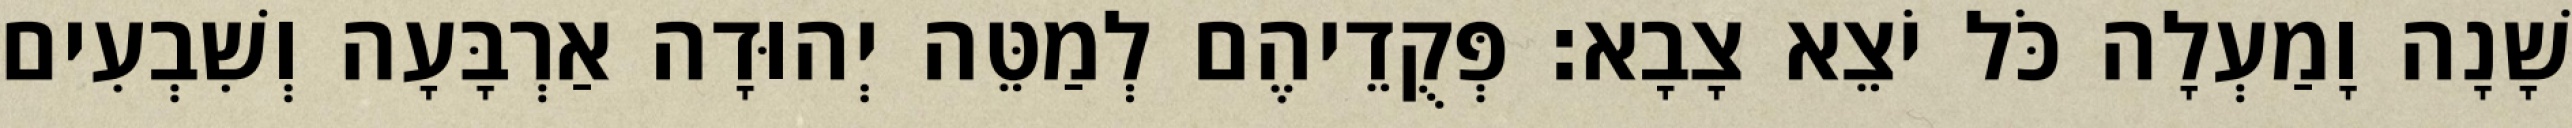
שָׁנָה וָמַעְלָה כֹּל יֹצֵא צָבָא׃ פְּקֻדֵיהֶם לְמַטֵּה יְהוּדָה אַרְבָּעָה וְשִׁבְעִים